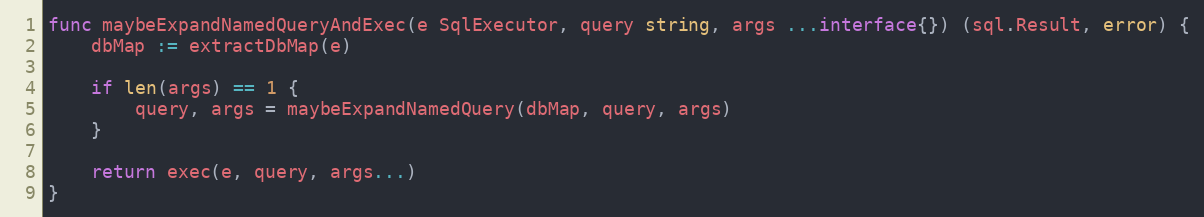
Language: Go
func maybeExpandNamedQueryAndExec(e SqlExecutor, query string, args ...interface{}) (sql.Result, error) {
	dbMap := extractDbMap(e)

	if len(args) == 1 {
		query, args = maybeExpandNamedQuery(dbMap, query, args)
	}

	return exec(e, query, args...)
}